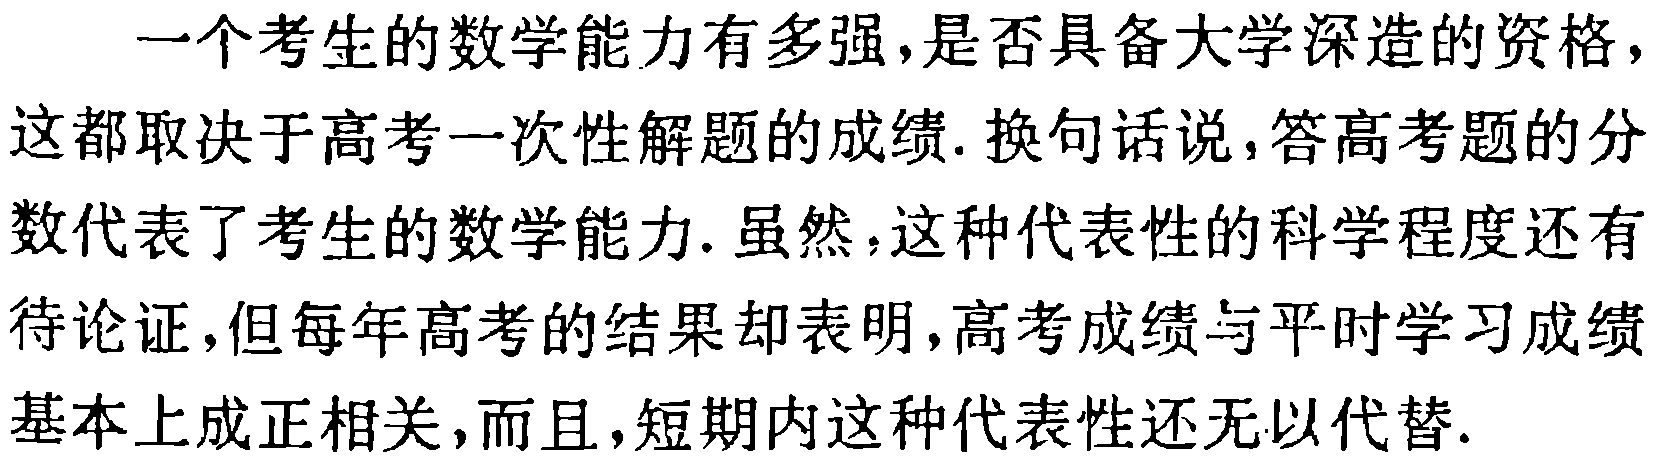
一个考生的数学能力有多强,是否具备大学深造的资格,这都取决于高考一次性解题的成绩. 换句话说,答高考题的分数代表了考生的数学能力. 虽然,这种代表性的科学程度还有待论证,但每年高考的结果却表明,高考成绩与平时学习成绩基本上成正相关,而且,短期内这种代表性还无以代替.